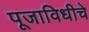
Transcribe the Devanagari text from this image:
पूजाविधीचे